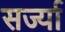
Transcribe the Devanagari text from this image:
सर्ज्या